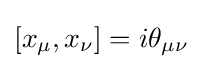
[x_{\mu },x_{\nu }]=i\theta _{\mu \nu }